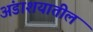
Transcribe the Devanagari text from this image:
अंडाशयातील